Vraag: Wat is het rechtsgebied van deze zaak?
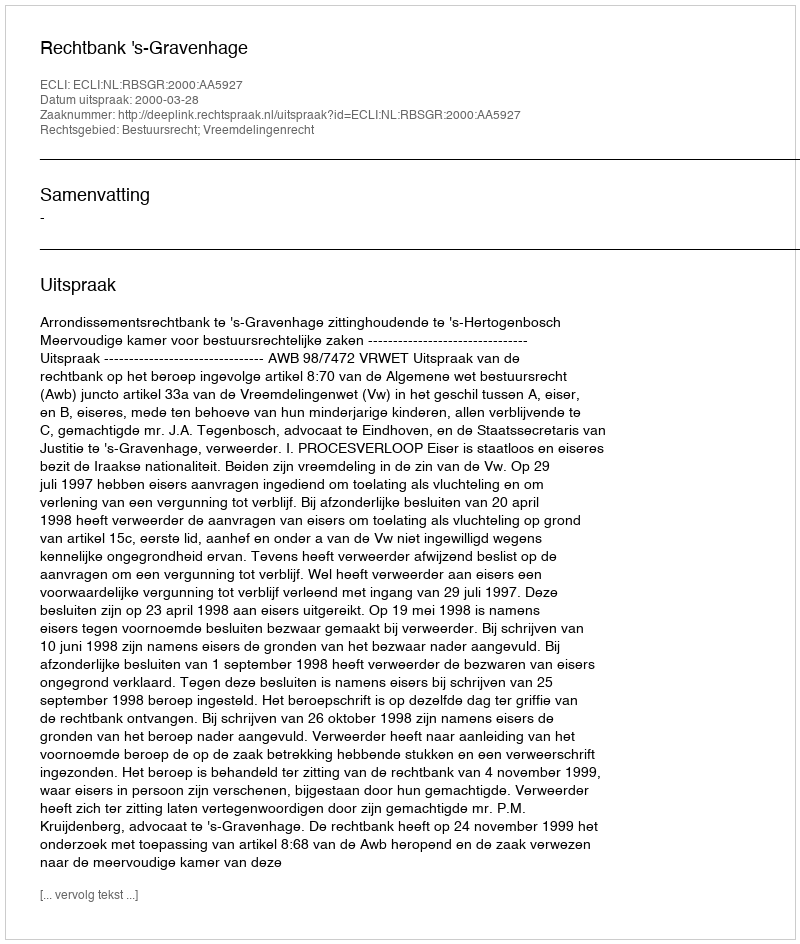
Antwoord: Bestuursrecht; Vreemdelingenrecht